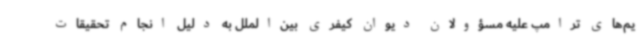
یم‌های ترامپ علیه مسؤولان دیوان کیفری بین‌الملل به دلیل انجام تحقیقات